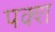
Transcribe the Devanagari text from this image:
पक्श